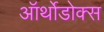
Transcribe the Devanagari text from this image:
ऑर्थोडोक्स